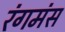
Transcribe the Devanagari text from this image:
रंगमंस